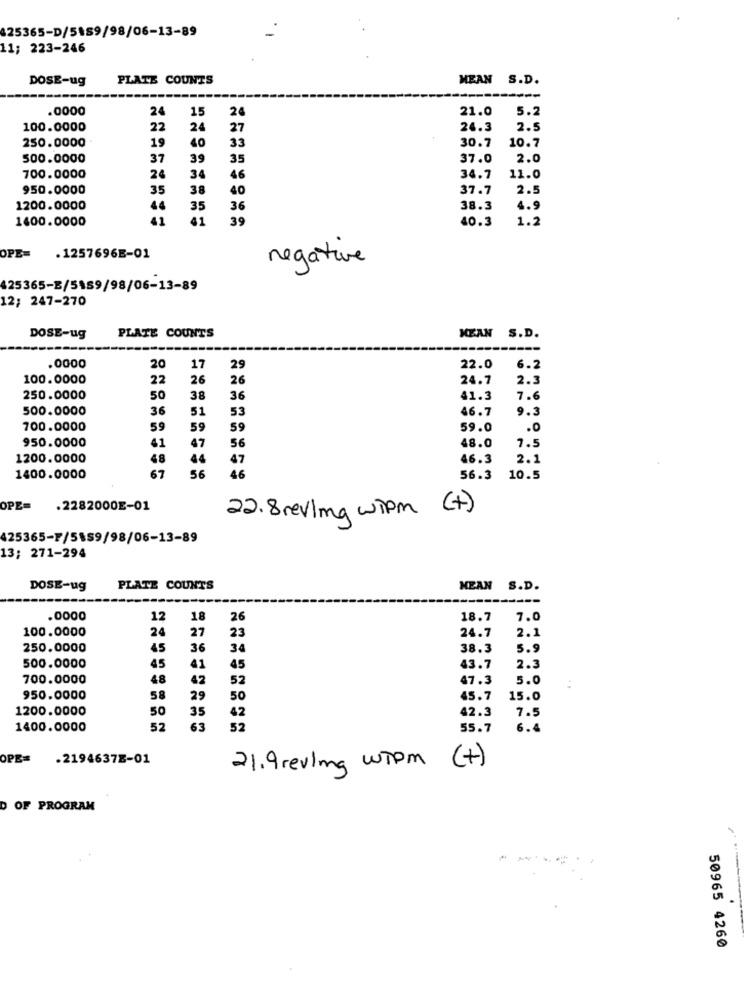
25365-D/5189/98/06-13-89
11; 223-246
DOSE-ug
PLATE COUNTS
MEAN S.D.
.0000
24
15
24
21.0
5.2
100.0000
22
24
27
24.3
2.5
250.0000
19
40
33
30.7
10.7
500.0000
37
39
35
37.0
2.0
700.0000
24
34
46
34.7
11.0
950.0000
35
38
40
37.7
2.5
1200.0000
44
35
36
38.3
4.9
1400.0000
41
41
39
40.3
1.2
OPE=
.1257696E-01
negative
425365-E/5159/98/06-13-89
12; 247-270
PLATE COUNTS
DOSE-ug
MEAN S.D.
.0000
20
17
29
22.0
6.2
100.0000
22
26
26
24.7
2.3
250.0000
50
38
36
41.3
7.6
500.0000
36
51
53
46.7
9.3
700.0000
59
59
59
59.0
.0
950.0000
56
7.5
41
47
48.0
1200.0000
48
44
47
46.3
2.1
1400.0000
67
56
46
56.3
10.5
OPE=
.2282000E-01
22.8 revima wipm (+)
425365-F/5$59/98/06-13-89
13; 271-294
DOSE-ug
PLATE COUNTS
MEAN S.D.
.0000
12
18
26
18.7
7.0
100.0000
24
27
23
24.7
2.1
250.0000
45
36
34
38.3
5.9
500.0000
45
41
45
43.7
2.3
700.0000
48
42
52
47.3
5.0
:
950.0000
58
29
50
45.7
15.0
1200.0000
50
35
42
42.3
7.5
1400.0000
52
63
52
55.7
6.4
OPE= . 21946378-01
21.9 revling WTpm (+)
D OF PROGRAM
50965 4260